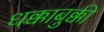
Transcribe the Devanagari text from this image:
धक्काबुक्की